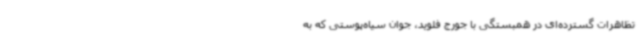
تظاهرات گسترده‌ای در همبستگی با جورج فلوید، جوان سیاه‌پوستی که به